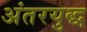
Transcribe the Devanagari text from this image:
अंतरयुद्ध